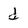
Character: d